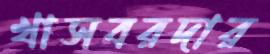
খাসবরদার